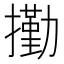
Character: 𰔭